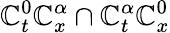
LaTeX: \mathbb{C}_{t}^{0}\mathbb{C}_{x}^{\alpha}\cap\mathbb{C}_{t}^{\alpha}\mathbb{C}_{x}^{0}